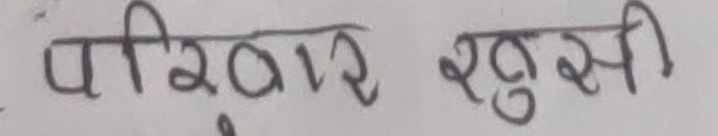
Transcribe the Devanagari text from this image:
परिवार खुसी